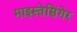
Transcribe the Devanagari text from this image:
माइस्तेसिंगेर